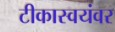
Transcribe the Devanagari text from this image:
टीकास्वयंवर